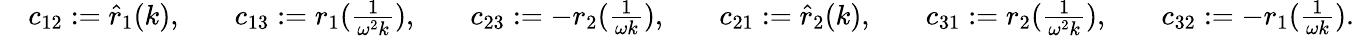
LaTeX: \begin{array}{rlrlrlrlrlrl}&{c_{12}:=\hat{r}_{1}(k),}&&{c_{13}:=r_{1}(\frac{1}{\omega^{2}k}),}&&{c_{23}:=-r_{2}(\frac{1}{\omega k}),}&&{c_{21}:=\hat{r}_{2}(k),}&&{c_{31}:=r_{2}(\frac{1}{\omega^{2}k}),}&&{c_{32}:=-r_{1}(\frac{1}{\omega k}).}\end{array}